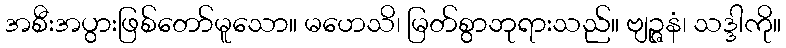
အစီးအပွားဖြစ်တော်မူသော။ မဟေသိ၊ မြတ်စွာဘုရားသည်။ ဗျဉ္ဇနံ၊ သဒ္ဒါကို။